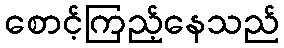
စောင့်ကြည့်နေသည်